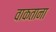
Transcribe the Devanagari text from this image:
वाकताना